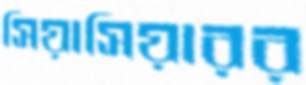
সিয়াসিয়ারর